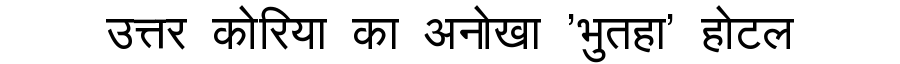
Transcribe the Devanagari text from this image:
उत्तर कोरिया का अनोखा 'भुतहा' होटल